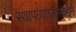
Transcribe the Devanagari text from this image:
स्थापत्यतज्‍ज्ञाकडून